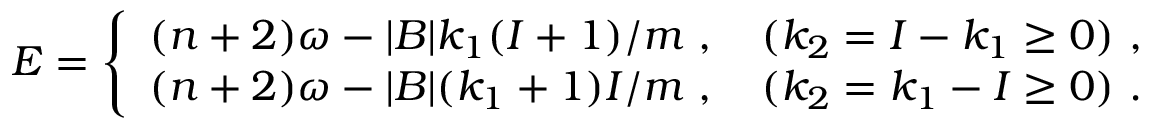
E = \left\{ \begin{array} { l } { { ( n + 2 ) \omega - | B | k _ { 1 } ( I + 1 ) / m \ , \quad ( k _ { 2 } = I - k _ { 1 } \geq 0 ) \ , } } \\ { { ( n + 2 ) \omega - | B | ( k _ { 1 } + 1 ) I / m \ , \quad ( k _ { 2 } = k _ { 1 } - I \geq 0 ) \ . } } \end{array} \right.